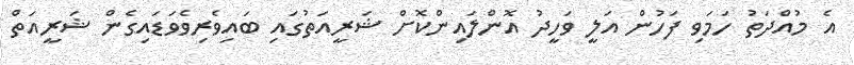
އެ މުއްދަތު ހަމަވި ފަހުން އަލީ ވަހީދު އޮންލައިންކޮށް ޝަރީއަތުގައި ބައިވެރިވެވަޑައިގެން ޝަރީއަތް